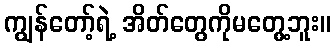
ကျွန်တော့်ရဲ့ အိတ်တွေကိုမတွေ့ဘူး။